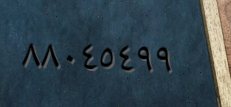
٨٨٠٤٥٤٩٩